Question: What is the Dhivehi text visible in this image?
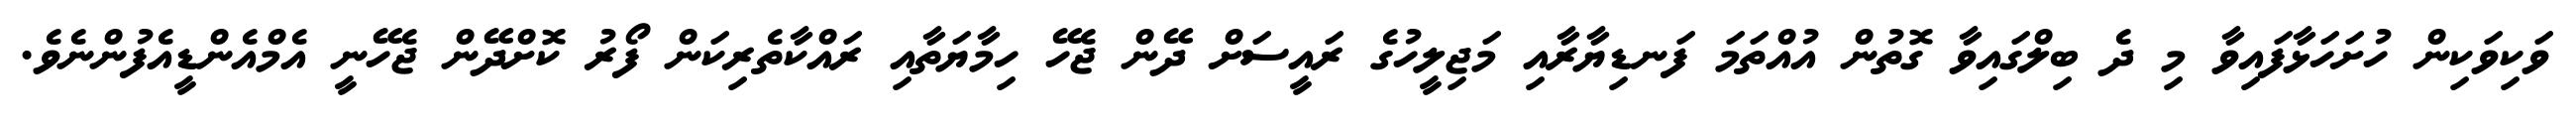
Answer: ވަކިވަކިން ހުށަހަޅާފައިވާ މި ދެ ބިލްގައިވާ ގޮތުން އުއްތަމަ ފަނޑިޔާރާއި މަޖިލީހުގެ ރައީސަށް ދޭން ޖެހޭ ހިމާޔަތާއި ރައްކާތެރިކަން ފޯރު ކޮށްދޭން ޖެހޭނީ އެމްއެންޑީއެފުންނެވެ.